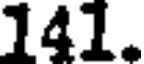
141.